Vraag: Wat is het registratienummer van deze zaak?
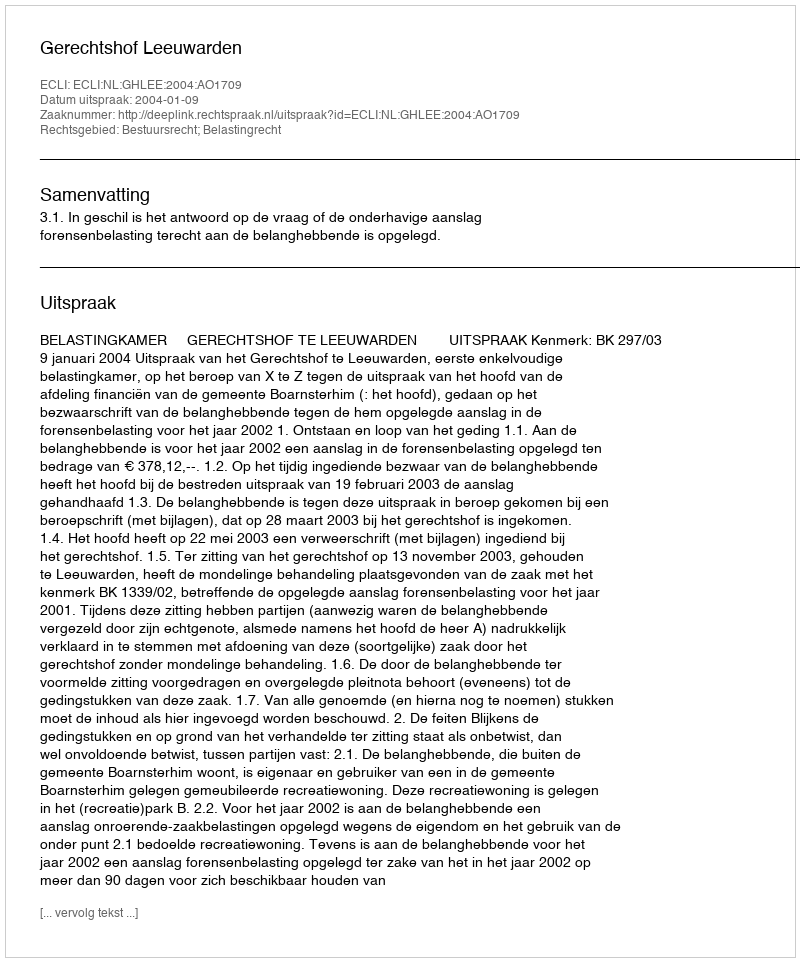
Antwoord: http://deeplink.rechtspraak.nl/uitspraak?id=ECLI:NL:GHLEE:2004:AO1709